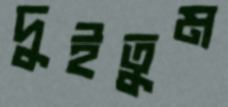
দুইতুম